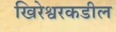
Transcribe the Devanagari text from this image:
खिरेश्वरकडील